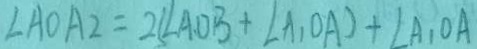
\angle A O A _ { 2 } = 2 ( \angle A O B + \angle A _ { 1 } O A ) + \angle A _ { 1 } O A